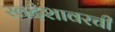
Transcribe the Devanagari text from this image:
स्वदेशावरची